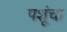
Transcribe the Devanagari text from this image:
पशूंचा